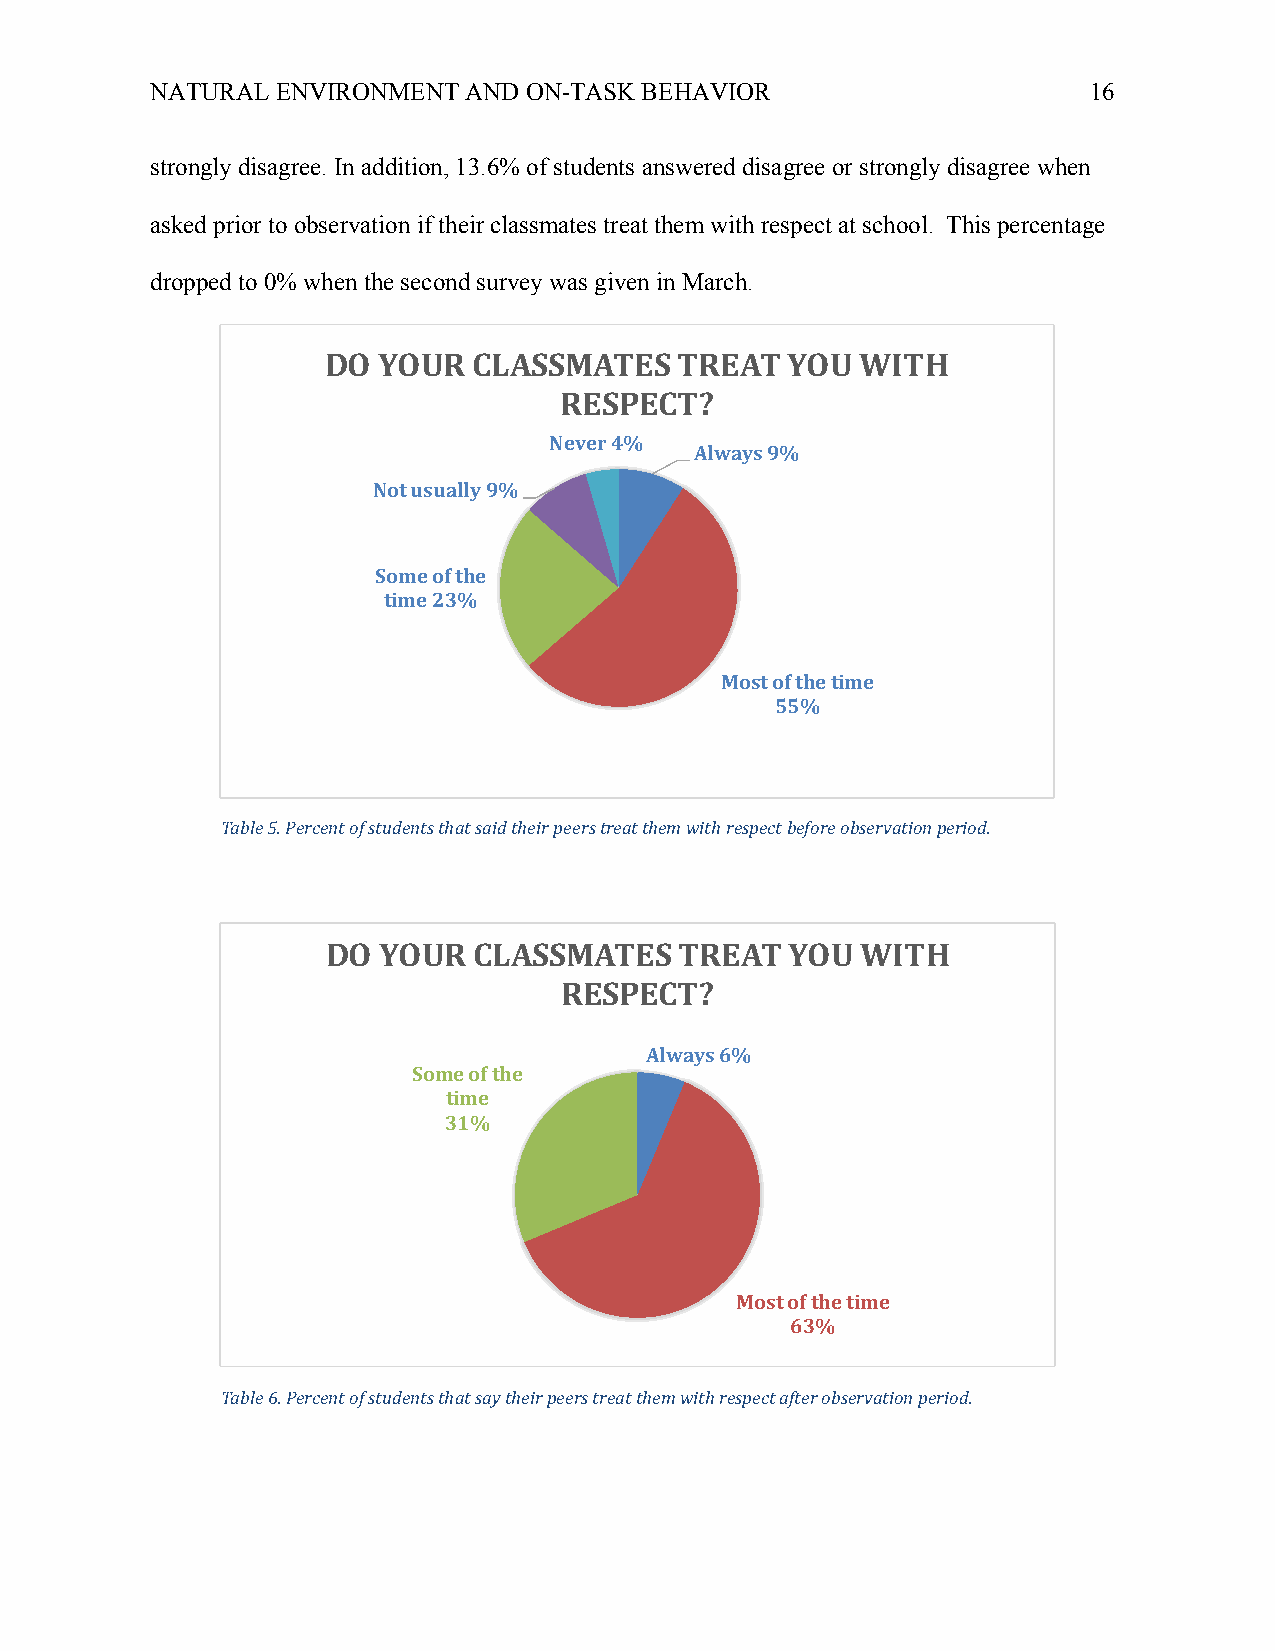
NATURAL ENVIRONMENT  AND ON-TASK BEHAVIOR                     16
 strongly disagree. In addition, 13.6% of students answered disagree or strongly disagree when
 asked prior to observation if their classmates treat them with respect at school. This percentage
 dropped to 0% when the second survey was given in March.
 DO YOUR  CLASSMATES    TREAT  YOU  WITH
 RESPECT?
 Never4%
 Always9%
 Not usually9%
 Some of the
 time23%
 Most of the time
 55%
 Table 5. Percent of students that said their peers treat them with respect before observation period.
 DO YOUR  CLASSMATES    TREAT  YOU  WITH
 RESPECT?
 Always6%
 Some of the
 time
 31%
 Most of the time
 63%
 Table 6. Percent of students that say their peers treat them with respect after observation period.